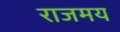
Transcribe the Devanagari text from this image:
राजमय